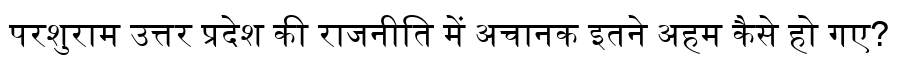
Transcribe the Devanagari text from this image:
परशुराम उत्तर प्रदेश की राजनीति में अचानक इतने अहम कैसे हो गए?